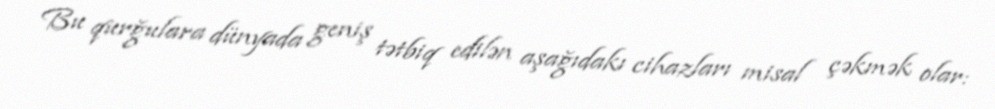
Bu qurğulara dünyada geniş tətbiq edilən aşağıdakı cihazları misal çəkmək olar: